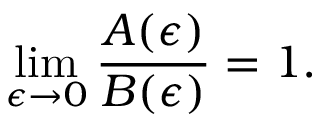
\operatorname* { l i m } _ { \epsilon \to 0 } \frac { A ( \epsilon ) } { B ( \epsilon ) } = 1 .